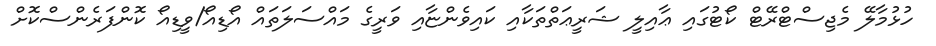
ހުޅުމާލޭ މެޖިސްޓްރޭޓް ކޯޓުގައި ޢާއިލީ ޝަރީޢަތްތަކާއި ކައިވެންޏާއި ވަރީގެ މައްސަލަތައް އޯޑިއޯ/ވީޑިއޯ ކޮންފަރެންސްކޮށް